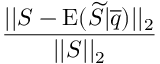
\frac { | | S - \mathrm { E } ( \widetilde { S } | \overline { { q } } ) | | _ { 2 } } { | | S | | _ { 2 } }